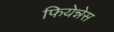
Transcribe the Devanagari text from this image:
फियेन्नेस